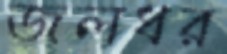
জলধর